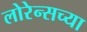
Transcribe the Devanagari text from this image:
लोरेन्सच्या